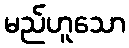
မည်ဟူသော